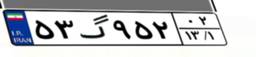
۵۳گ۹۵۲۰۲